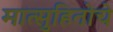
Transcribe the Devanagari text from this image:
मात्सुहितोचे